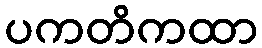
ပကတိကထာ